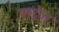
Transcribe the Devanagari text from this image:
एस्ट्वेज़